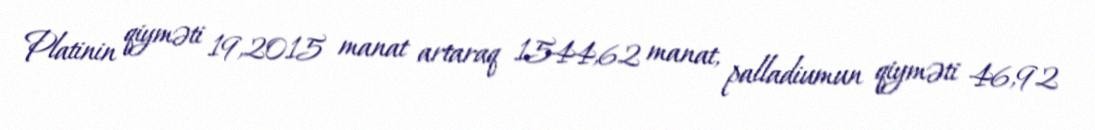
Platinin qiyməti 19,2015 manat artaraq 1544,62 manat, palladiumun qiyməti 46,92